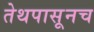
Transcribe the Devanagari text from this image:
तेथपासूनच